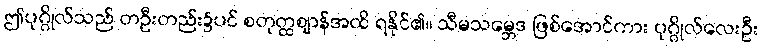
ဤပုဂ္ဂိုလ်သည် တဦးတည်း၌ပင် စတုတ္ထဈာန်အထိ ရနိုင်၏။ သီမသမ္ဘေဒ ဖြစ်အောင်ကား ပုဂ္ဂိုလ်လေးဦး